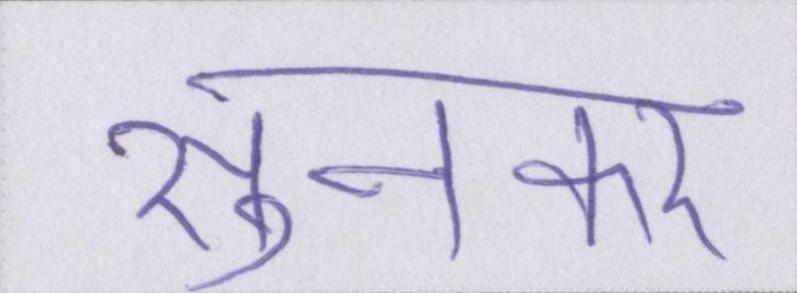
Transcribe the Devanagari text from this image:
सुनकर